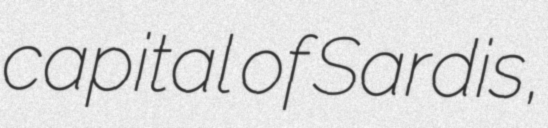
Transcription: capital of Sardis,